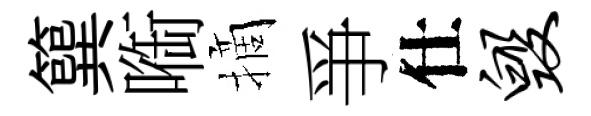
簨㗸摘爭仕毁